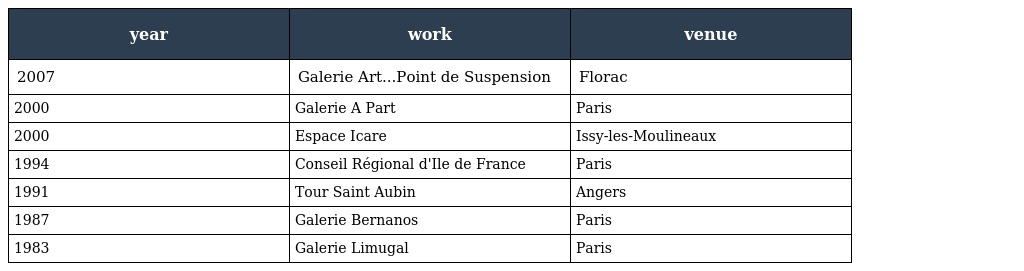
| year | work | venue |
 | --- | --- | --- |
 | 2007 | Galerie Art...Point de Suspension | Florac |
 | 2000 | Galerie A Part | Paris |
 | 2000 | Espace Icare | Issy-les-Moulineaux |
 | 1994 | Conseil Régional d'Ile de France | Paris |
 | 1991 | Tour Saint Aubin | Angers |
 | 1987 | Galerie Bernanos | Paris |
 | 1983 | Galerie Limugal | Paris |